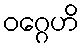
ဝဂ္ဂေဟိ